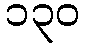
၁၃၀